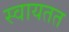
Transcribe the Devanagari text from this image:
स्वायतत